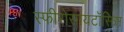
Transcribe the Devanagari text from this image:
स्फीरोसायटॉसिस